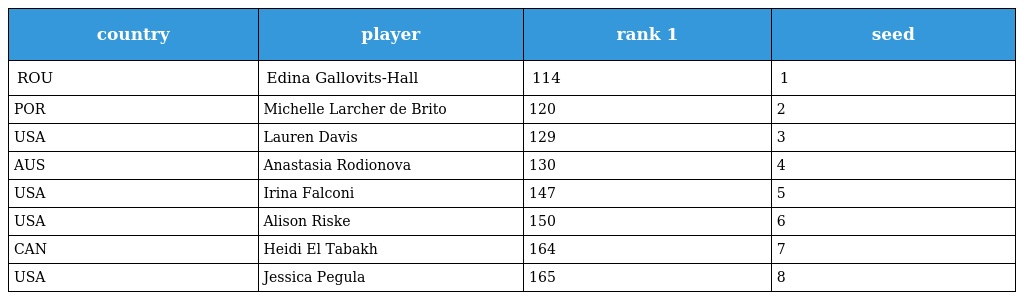
| country | player | rank 1 | seed |
 | --- | --- | --- | --- |
 | ROU | Edina Gallovits-Hall | 114 | 1 |
 | POR | Michelle Larcher de Brito | 120 | 2 |
 | USA | Lauren Davis | 129 | 3 |
 | AUS | Anastasia Rodionova | 130 | 4 |
 | USA | Irina Falconi | 147 | 5 |
 | USA | Alison Riske | 150 | 6 |
 | CAN | Heidi El Tabakh | 164 | 7 |
 | USA | Jessica Pegula | 165 | 8 |